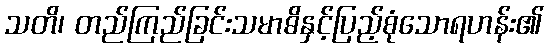
သတိ၊ တည်ကြည်ခြင်းသမာဓိနှင့်ပြည့်စုံသောရဟန်း၏